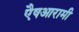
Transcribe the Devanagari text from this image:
एैषआरामी